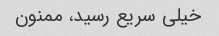
خیلی سریع رسید، ممنون